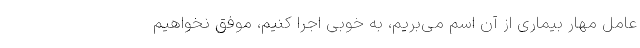
عامل مهار بیماری از آن اسم می‌بریم، به خوبی اجرا کنیم، موفق نخواهیم